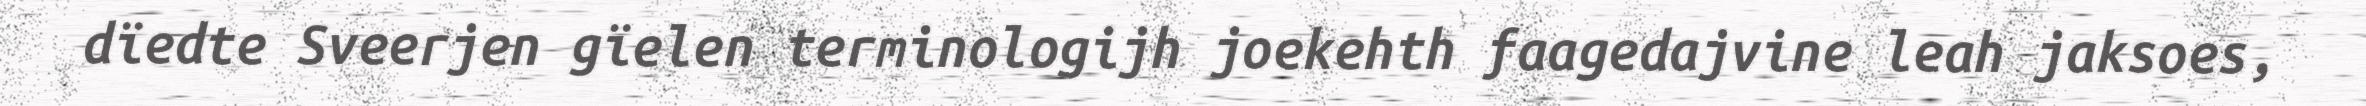
dïedte Sveerjen gïelen terminologijh joekehth faagedajvine leah jaksoes,